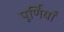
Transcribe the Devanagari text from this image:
पूर्णियाँ